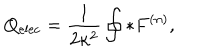
Q _ { \mathrm { e l e c } } = { \frac { 1 } { 2 \kappa ^ { 2 } } } \oint \ast F ^ { ( n ) } ,